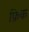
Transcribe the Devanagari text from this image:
फ़िक